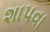
શાપવા